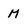
Character: M